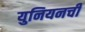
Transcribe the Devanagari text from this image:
युनियनची